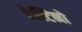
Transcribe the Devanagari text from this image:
डेस्टिनो